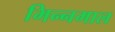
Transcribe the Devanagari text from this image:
भिन्‍नमाल